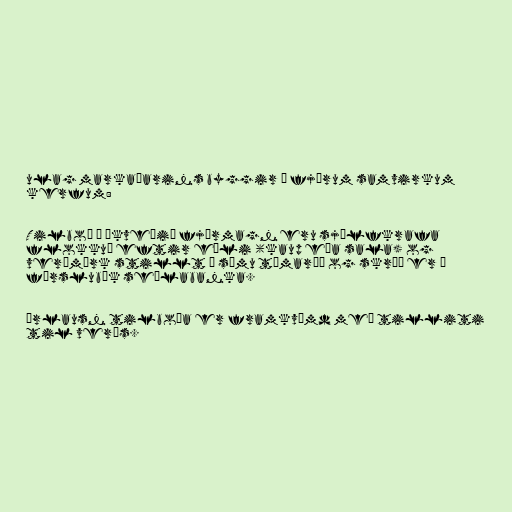
ulag markaðarins byggir á fjórum samvirkum
kerfum:

Tilboð í ákveðið fjármagn eru sjálfkrafa
flokkuð eftir eðli (kaup eða sala) og
verðmörk stillt í sömu tímaröð og skráð er í
færslubók seðlabanka.

Úrlausn tilboða er framkvæmd með tilliti
til verðs.